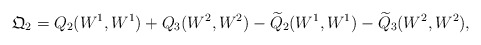
\begin{align*}\mathfrak{Q}_2 = Q_2(W^1, W^1) + Q_3(W^2, W^2) -\widetilde{Q}_2(W^1, W^1) -\widetilde{Q}_3(W^2,W^2),\end{align*}